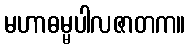
မဟာဓမ္မပါလဇာတက။